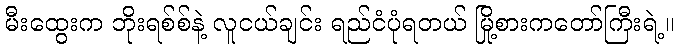
မီးထွေးက ဘိုးရစ်စ်နဲ့ လူငယ်ချင်း ရည်ငံပုံရတယ် မြို့စားကတော်ကြီးရဲ့။